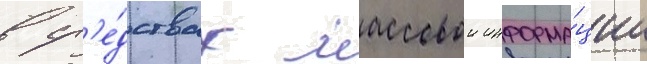
в ср'е́дствах массовои информа́ции